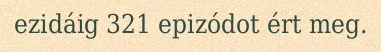
ezidáig 321 epizódot ért meg.